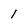
Character: 1